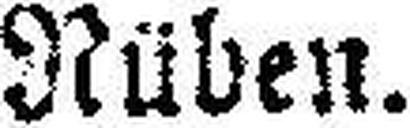
Rüben.